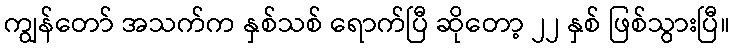
ကျွန်တော် အသက်က နှစ်သစ် ရောက်ပြီ ဆိုတော့ ၂၂ နှစ် ဖြစ်သွားပြီ။